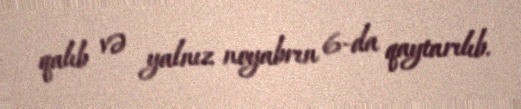
qalıb və yalnız noyabrın 6-da qaytarılıb.